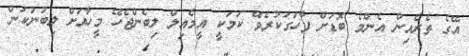
އޭގެ ތެރެއިން އެންމެ ބޮޑަށް ފާހަގަކުރެވޭ ކަމަކީ އީމެއިލް ލިބެންޖެހޭ މީހާއަށް ލިބުނުކަން